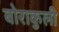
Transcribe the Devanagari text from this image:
बोराकुली